Annual vaccination report of Bihar and Orissa - 1911-1928
Year: 1911
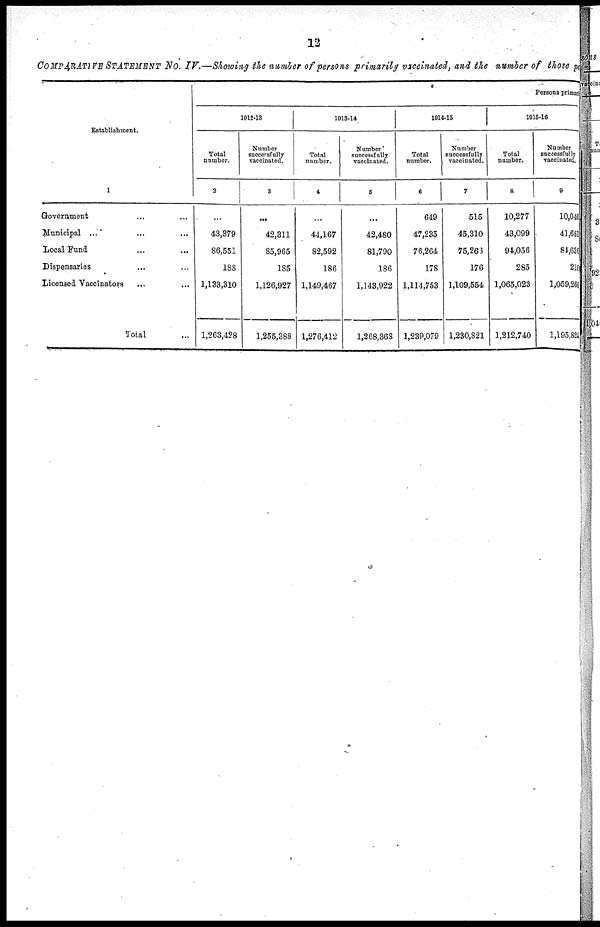
12
COMPARATIVE STATEMENT No. IV.—Showing the number of persons primarily vaccinated, and the number of those pe
Establishment.
1
Government ... ...
Municipal
...
...
...
Local Fund
...
...
Dispensaries
...
...
Licensed Vaccinators ... ...
Total ...
Persons primary
1912-13
Total
number.
2
...
43,379
86,551
188
1,133,310
1,263,428
Number
successfully
vaccinated.
3
...
42,311
85,965
185
1,126,927
1,255,388
1913-14
Total
number.
4
...
44,167
82,592
186
1,149,467
1,276,412
Number
successfully
vaccinated.
5
...
42,480
81,790
186
1,143,922
1,268,368
1914-15
Total
number.
6
649
47,235
76,264
178
1,114,753
1,239,079
Number
successfully
vaccinated.
7
515
45,310
75,266
176
1,109,554
1,230,821
1915-16
Total
number.
8
10,277
43,099
94,056
285
1,065,023
1,212,740
Number
successfully
vaccinated.
9
10,046
41,661
84,636
210
1,059,260
1,195,824